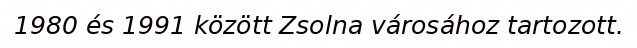
1980 és 1991 között Zsolna városához tartozott.